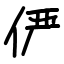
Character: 俨